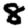
Digit: 8